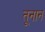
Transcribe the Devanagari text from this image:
तूनान